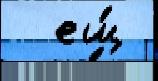
  ещ́